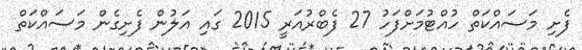
ފެށި މަސައްކަތް ހުއްޓުމަށްފަހު 27 ފެބްރުއަރީ 2015 ގައި އަލުން ފެށިގެން މަސައްކަތް